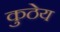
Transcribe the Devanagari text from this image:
कुठेय